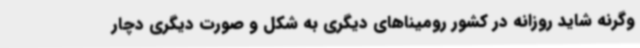
وگرنه شاید روزانه در کشور رومیناهای دیگری به شکل و صورت دیگری دچار